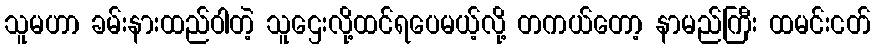
သူမဟာ ခမ်းနားထည်ဝါတဲ့ သူဌေးလို့ထင်ရပေမယ့်လို့ တကယ်တော့ နာမည်ကြီး ထမင်းငတ်